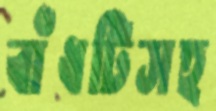
বাঁধটিসহ